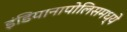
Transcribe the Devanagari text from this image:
इंडियानापोलिसमध्ये